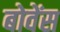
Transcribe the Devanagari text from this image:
बोवेंस